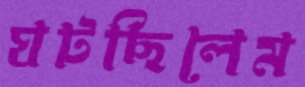
ঘটছিলেম